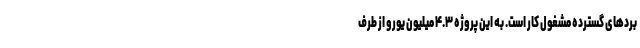
بردهای گسترده مشغول کار است. به این پروژه ۴.۳ میلیون یورو از طرف